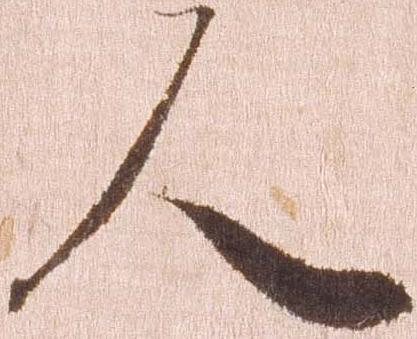
人